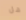
هل